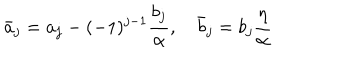
LaTeX: \bar { a } _ { j } = a _ { j } - ( - 1 ) ^ { j - 1 } \frac { b _ { j } } { \alpha } , \quad \bar { b } _ { j } = b _ { j } \frac { \eta } { \alpha }